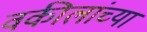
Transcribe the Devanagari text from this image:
वकीलांच्या